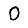
Digit: 0